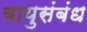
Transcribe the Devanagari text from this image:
वायुसंबंध